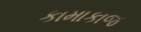
કામાકાજ